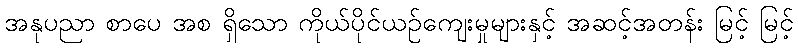
အနုပညာ စာပေ အစ ရှိသော ကိုယ်ပိုင်ယဉ်ကျေးမှုများနှင့် အဆင့်အတန်း မြင့် မြင့်